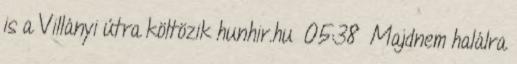
is a Villányi útra költözik hunhir.hu 05:38 Majdnem halálra